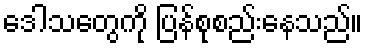
ဒေါသတွေကို ပြန်စုစည်းနေသည်။